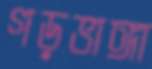
গড়ভাঙ্গা